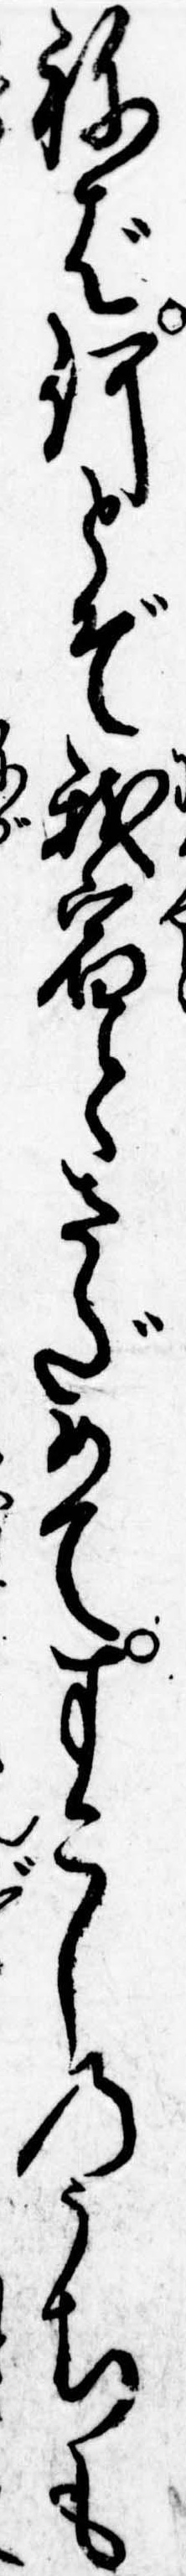
ねば何とぞ我宿とさだめてすこしのうちも